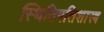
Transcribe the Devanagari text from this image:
स्थितिगतिशास्त्र